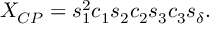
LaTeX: X _ { C P } = s _ { 1 } ^ { 2 } c _ { 1 } s _ { 2 } c _ { 2 } s _ { 3 } c _ { 3 } s _ { \delta } .